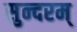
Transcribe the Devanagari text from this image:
सुन्‍दरम्